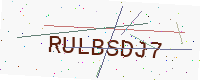
Text: RULBSDJ7